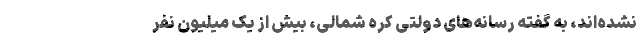
نشده‌اند، به گفته رسانه‌های دولتی کره شمالی، بیش از یک میلیون نفر